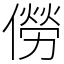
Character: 僗